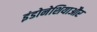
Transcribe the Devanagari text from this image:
इंडोनेशियाऔर